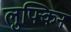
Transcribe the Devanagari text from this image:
लुफ्किन